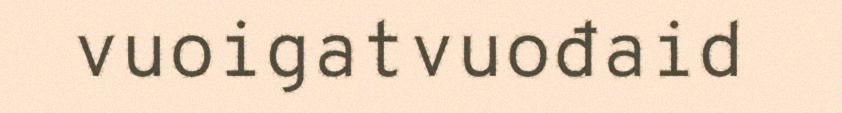
vuoigatvuođaid